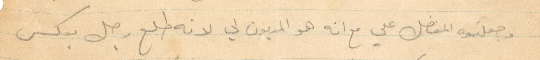
وجعلتوه المفضل علي مع انه هو المديون لي لانه طلع رجل بعكس